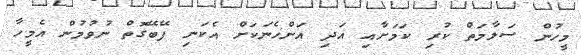
މީހުން ސަލާމަތް ކުރި ކަމަށާއި އަދި އަންހެނަކަށް އެކަނި ފޭބޭގޮތް ނުވުމުން އެމީހާ